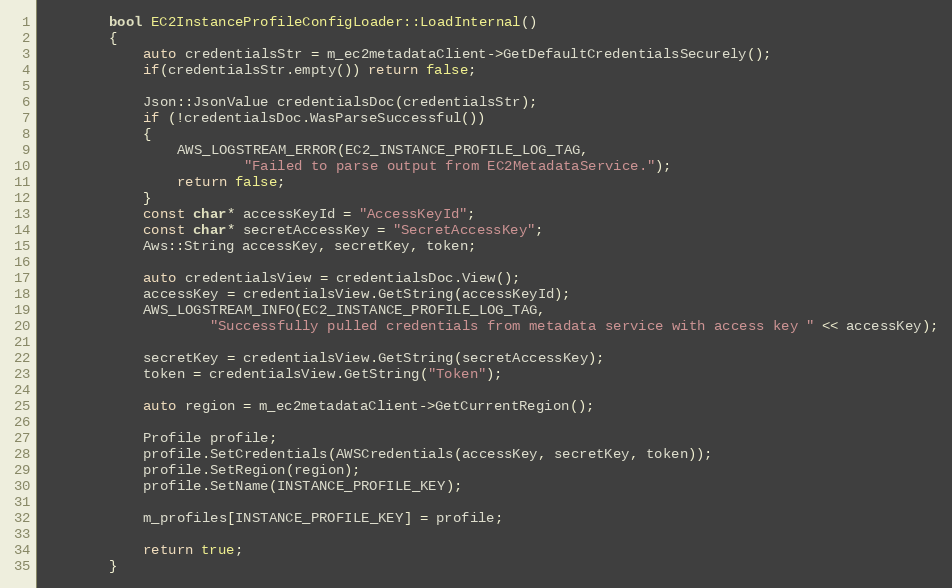
Language: C++
        bool EC2InstanceProfileConfigLoader::LoadInternal()
        {
            auto credentialsStr = m_ec2metadataClient->GetDefaultCredentialsSecurely();
            if(credentialsStr.empty()) return false;

            Json::JsonValue credentialsDoc(credentialsStr);
            if (!credentialsDoc.WasParseSuccessful())
            {
                AWS_LOGSTREAM_ERROR(EC2_INSTANCE_PROFILE_LOG_TAG,
                        "Failed to parse output from EC2MetadataService.");
                return false;
            }
            const char* accessKeyId = "AccessKeyId";
            const char* secretAccessKey = "SecretAccessKey";
            Aws::String accessKey, secretKey, token;

            auto credentialsView = credentialsDoc.View();
            accessKey = credentialsView.GetString(accessKeyId);
            AWS_LOGSTREAM_INFO(EC2_INSTANCE_PROFILE_LOG_TAG,
                    "Successfully pulled credentials from metadata service with access key " << accessKey);

            secretKey = credentialsView.GetString(secretAccessKey);
            token = credentialsView.GetString("Token");

            auto region = m_ec2metadataClient->GetCurrentRegion();

            Profile profile;
            profile.SetCredentials(AWSCredentials(accessKey, secretKey, token));
            profile.SetRegion(region);
            profile.SetName(INSTANCE_PROFILE_KEY);

            m_profiles[INSTANCE_PROFILE_KEY] = profile;

            return true;
        }